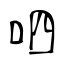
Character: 呬